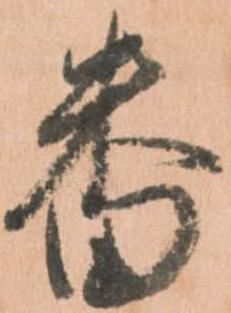
番